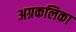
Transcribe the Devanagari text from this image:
अग्रकलिका